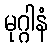
မုဂ္ဂါနံ